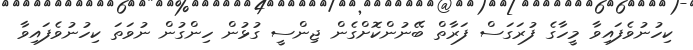
ކިހުނުވެފައިވާ މީހާގެ ފުރަގަސް ފަރާތް ބޭނުންކޮށްގެން ޖިންސީ ގުޅުން ހިންގުން ނުވަަތަ ކިހުނުވެފައިވާ